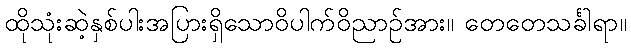
ထိုသုံးဆဲ့နှစ်ပါးအပြားရှိသောဝိပါက်ဝိညာဉ်အား။ တေတေသင်္ခါရာ။